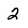
Character: 2